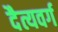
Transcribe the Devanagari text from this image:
दैत्यवर्ग